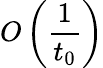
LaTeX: O\left({\frac{1}{t_{0}}}\right)